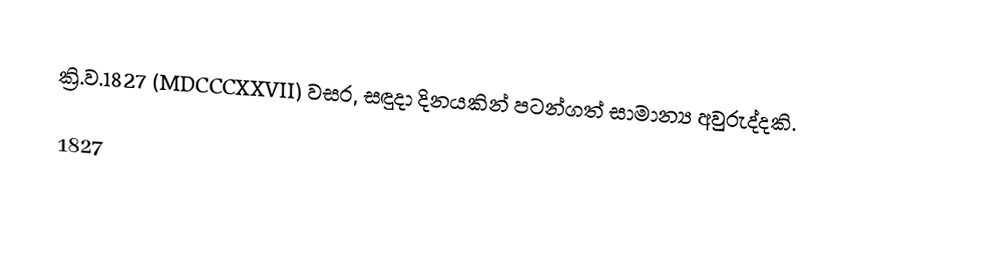
ක්‍රි.ව.1827 (MDCCCXXVII) වසර, සඳුදා දිනයකින් පටන්ගත් සාමාන්‍ය අවුරුද්දකි.

1827